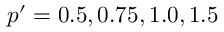
p ^ { \prime } = 0 . 5 , 0 . 7 5 , 1 . 0 , 1 . 5